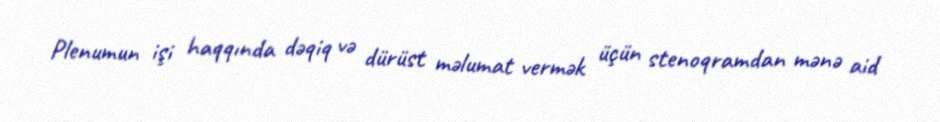
Plenumun işi haqqında dəqiq və dürüst məlumat vermək üçün stenoqramdan mənə aid